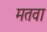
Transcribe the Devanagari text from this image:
मतवा